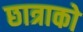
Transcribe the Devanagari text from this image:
छात्राको